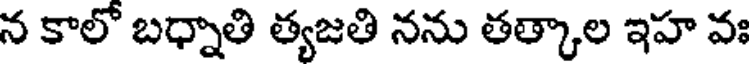
న కాలో బధ్నాతి త్యజతి నను తత్కాల ఇహ వః